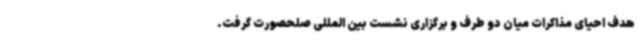
هدف احیای مذاکرات میان دو طرف و برگزاری نشست بین المللی صلحصورت گرفت.